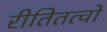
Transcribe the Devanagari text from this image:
रीतितत्वों